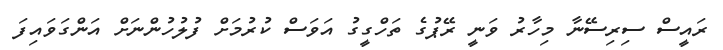
ރައީސް ސިރިސޭނާ މިހާރު ވަނީ ރޭޕުގެ ތަހްގީގު އަވަސް ކުރުމަށް ފުލުހުންނަށް އަންގަވައިފަ